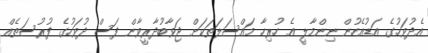
އެދުވަހުގެ އަޑުއެހުން ނިންމާލީ އެ ހުރިހާ މައްސަލަތަކަށް ޖަވާބުދާރީވާން ފަސް ދުވަހުގެ ފުރުސަތެއް